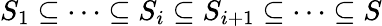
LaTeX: S_{1}\subseteq\cdots\subseteq S_{i}\subseteq S_{i+1}\subseteq\cdots\subseteq S